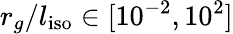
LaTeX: r_{g}/l_{\mathrm{iso}}\in[10^{-2},10^{2}]